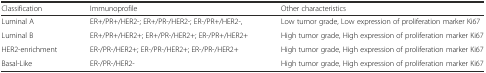
<table><thead><tr><td><b>Classification</b></td><td><b>Immunoprofile</b></td><td><b>Other characteristics</b></td></tr></thead><tbody><tr><td>Luminal A</td><td>ER+/PR+/HER2-; ER+/PR-/HER2-; ER-/PR+/HER2-,</td><td>Low tumor grade, Low expression of proliferation marker Ki67</td></tr><tr><td>Luminal B</td><td>ER+/PR+/HER2+; ER+/PR-/HER2+; ER-/PR+/HER2+</td><td>High tumor grade, High expression of proliferation marker Ki67</td></tr><tr><td>HER2-enrichment</td><td>ER-/PR-/HER2+; ER-/PR-/HER2+; ER-/PR-/HER2+</td><td>High tumor grade, High expression of proliferation marker Ki67</td></tr><tr><td>Basal-Like</td><td>ER-/PR-/HER2-</td><td>High tumor grade, High expression of proliferation marker Ki67</td></tr></tbody></table>